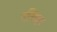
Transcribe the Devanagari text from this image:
रविझ